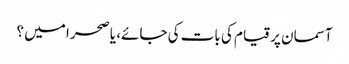
آسمان پر قیام کی بات کی جائے، یا صحرا میں ؟